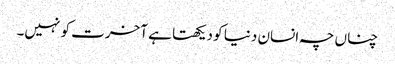
چناں چہ انسان دنیا کو دیکھتا ہے آخرت کو نہیں۔